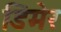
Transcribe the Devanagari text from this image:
डिमेर